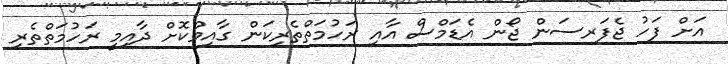
އަށް ފަހު ޖެފަރސަން ޖޯން އެޑަމްސް އާއި ރަހުމަތްތެރިކަން ގާއިމްކޮށް ދާއިމީ ރަހުމަތްތެރި